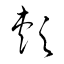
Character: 頬